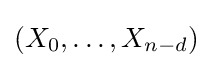
(X_{0},\dots ,X_{n-d})